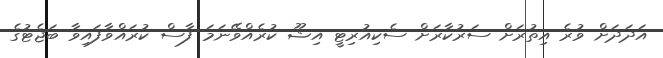
އަދަދަށް ވުރެ އިތުރަށް ސަރުކާރަށް ސެކިއުރިޓީ އިޝޫ ކުރެއްވޭނަމަ ފާސް ކުރައްވާފައިވާ ބަޖެޓުގެ